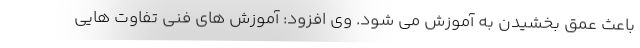
باعث عمق بخشیدن به آموزش می شود. وی افزود: آموزش های فنی تفاوت هایی